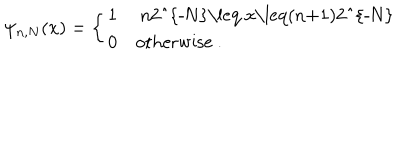
\psi _ { n , N } ( x ) = \left\{ \begin{array} { l l } { { 1 } } & { { \mathrm { ~ n 2 ^ { - N } \leq ~ x \leq ( n + 1 ) 2 ^ { - N } ~ } } } \\ { { 0 } } & { { \mathrm { o t h e r w i s e ~ . } } } \\ \end{array} \right.